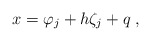
\begin{align*}x = \varphi_j + h \zeta_j + q \;,\end{align*}